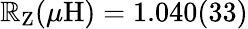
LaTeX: \mathbb{R}_{\mathrm{{Z}}}(\mu\mathrm{{H}})=1.040(33)